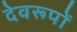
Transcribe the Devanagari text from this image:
देवरूपों